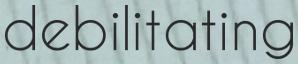
debilitating